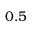
0 . 5